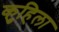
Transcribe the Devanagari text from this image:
कुहिला